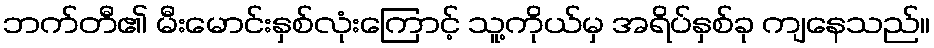
ဘက်တီ၏ မီးမောင်းနှစ်လုံးကြောင့် သူ့ကိုယ်မှ အရိပ်နှစ်ခု ကျနေသည်။